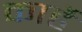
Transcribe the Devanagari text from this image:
कार्हे